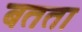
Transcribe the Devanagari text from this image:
बतता